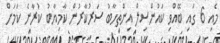
މެއި 6 ގައި ބޭއްވި ކައުންސިލް އިންތިހާބު ސަރުކާރުން ކާާމިޔާބު ކުރާނެ ކަމަށް